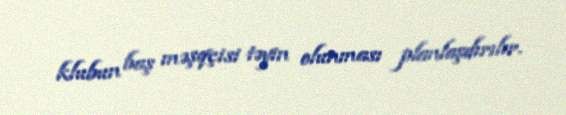
klubun baş məşqçisi təyin olunması planlaşdırılır.